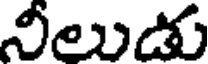
నీలుడు